Source: Handwritten
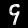
Digit: ၄ (4)